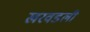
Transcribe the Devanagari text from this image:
खरवडली